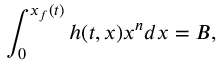
\int _ { 0 } ^ { x _ { f } ( t ) } h ( t , x ) x ^ { n } d x = B ,